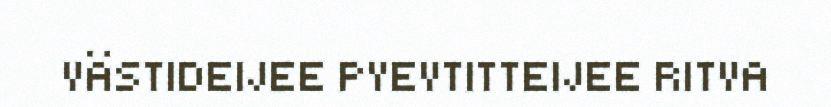
VÄSTIDEIJEE PYEVTITTEIJEE RITVA